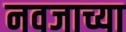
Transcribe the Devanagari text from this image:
नवजाच्या